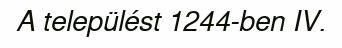
A települést 1244-ben IV.